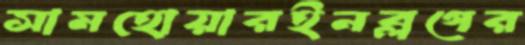
সামহোয়ারইনব্লগের